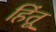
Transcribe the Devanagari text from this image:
हिंतू